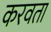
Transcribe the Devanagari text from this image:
करवता